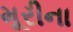
મૂરીના